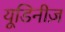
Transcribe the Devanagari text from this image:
यूडिनीज़